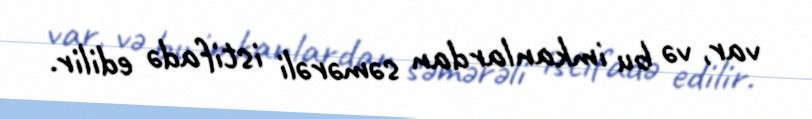
var, və bu imkanlardan səmərəli istifadə edilir.